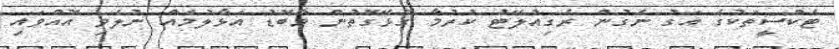
ޓެކްސީތަކުގެ އަގު ނެގުން ރެގިއުލޭޓު ކުރުމާ ގުޅޭގޮތުން މާބޮޑު އަޅާލުމެއް ނުލެވި އޮއްވައި